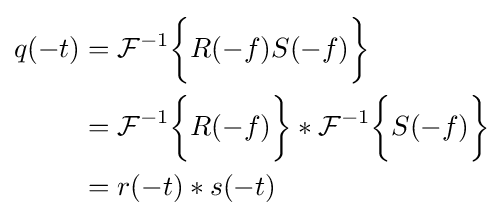
{\begin{aligned}q(-t)&={\mathcal {F}}^{-1}{\bigg \{}R(-f)S(-f){\bigg \}}\\&={\mathcal {F}}^{-1}{\bigg \{}R(-f){\bigg \}}*{\mathcal {F}}^{-1}{\bigg \{}S(-f){\bigg \}}\\&=r(-t)*s(-t)\end{aligned}}